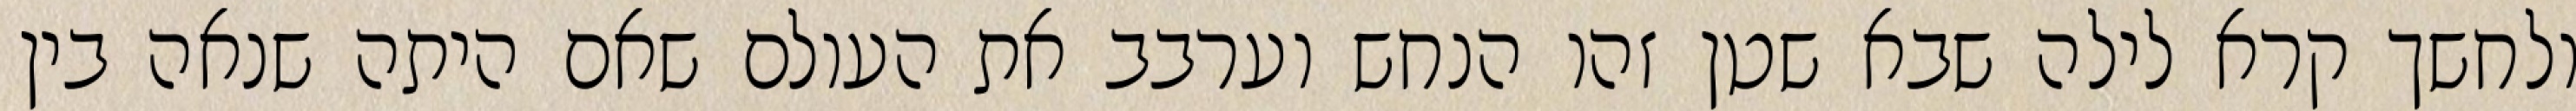
ולחשך קרא לילה שבא שטן זהו הנחש וערבב את העולם שאם היתה שנאה בין